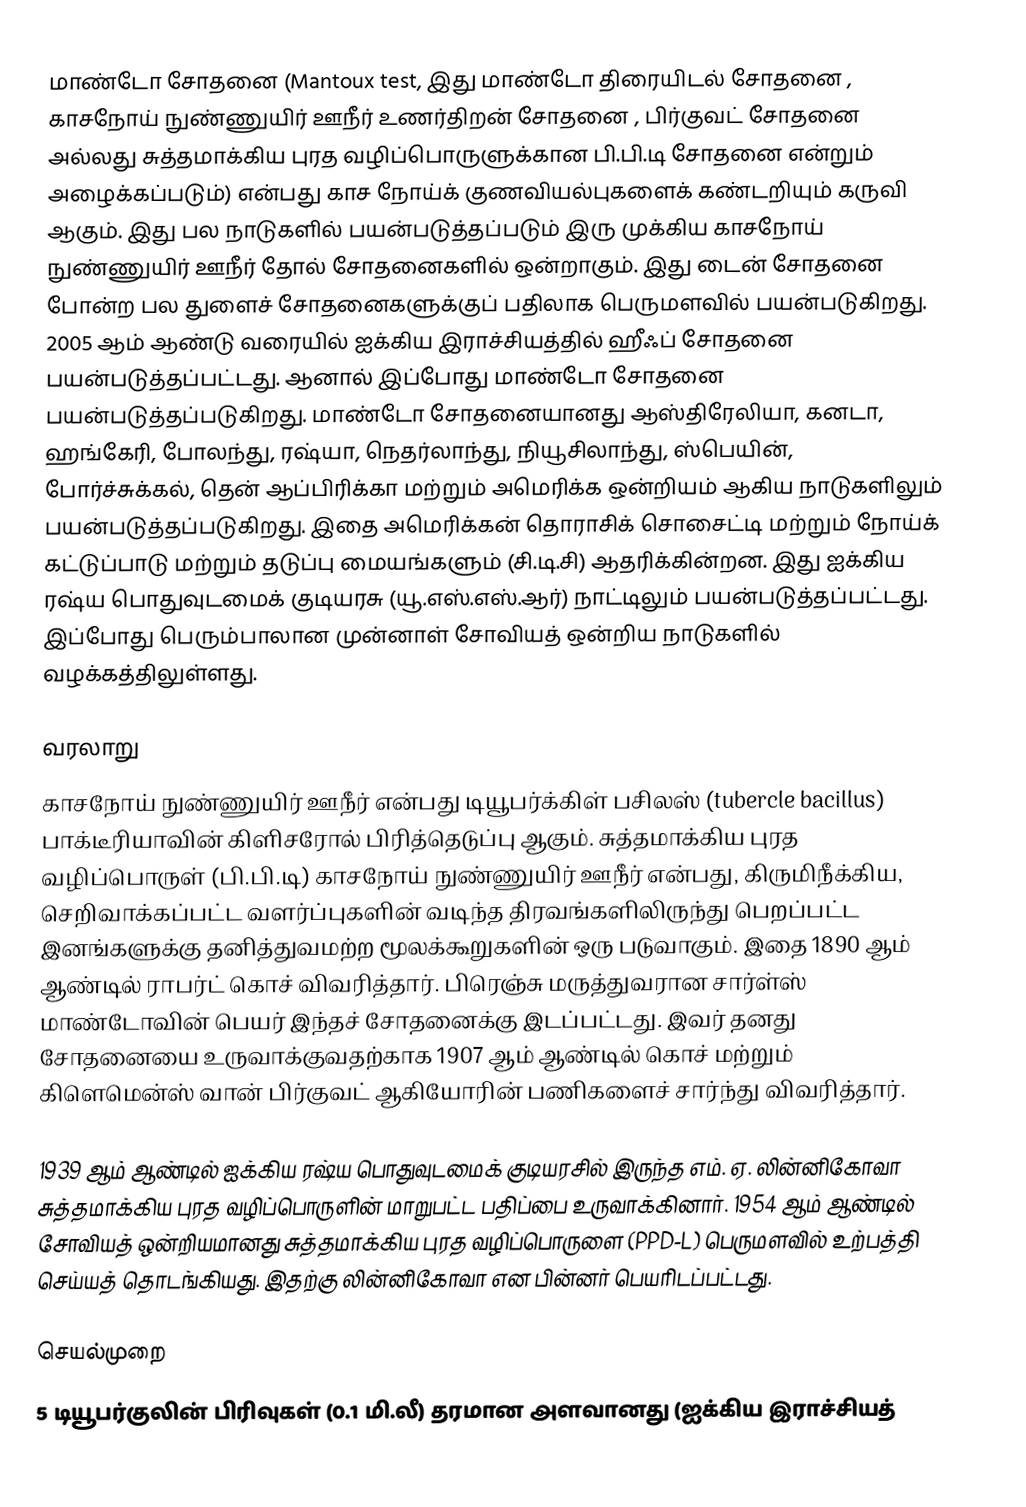
மாண்டோ சோதனை (Mantoux test, இது மாண்டோ திரையிடல் சோதனை , காசநோய் நுண்ணுயிர் ஊநீர் உணர்திறன் சோதனை , பிர்குவட் சோதனை அல்லது சுத்தமாக்கிய புரத வழிப்பொருளுக்கான பி.பி.டி சோதனை என்றும் அழைக்கப்படும்) என்பது காச நோய்க் குணவியல்புகளைக் கண்டறியும் கருவி ஆகும். இது பல நாடுகளில் பயன்படுத்தப்படும் இரு முக்கிய காசநோய் நுண்ணுயிர் ஊநீர் தோல் சோதனைகளில் ஒன்றாகும். இது டைன் சோதனை போன்ற பல துளைச் சோதனைகளுக்குப் பதிலாக பெருமளவில் பயன்படுகிறது. 2005 ஆம் ஆண்டு வரையில் ஐக்கிய இராச்சியத்தில் ஹீஃப் சோதனை பயன்படுத்தப்பட்டது. ஆனால் இப்போது மாண்டோ சோதனை பயன்படுத்தப்படுகிறது. மாண்டோ சோதனையானது ஆஸ்திரேலியா, கனடா, ஹங்கேரி, போலந்து, ரஷ்யா, நெதர்லாந்து, நியூசிலாந்து, ஸ்பெயின், போர்ச்சுக்கல், தென் ஆப்பிரிக்கா மற்றும் அமெரிக்க ஒன்றியம் ஆகிய நாடுகளிலும் பயன்படுத்தப்படுகிறது. இதை அமெரிக்கன் தொராசிக் சொசைட்டி மற்றும் நோய்க் கட்டுப்பாடு மற்றும் தடுப்பு மையங்களும் (சி.டி.சி) ஆதரிக்கின்றன. இது ஐக்கிய ரஷ்ய பொதுவுடமைக் குடியரசு (யூ.எஸ்.எஸ்.ஆர்) நாட்டிலும் பயன்படுத்தப்பட்டது. இப்போது பெரும்பாலான முன்னாள் சோவியத் ஒன்றிய நாடுகளில் வழக்கத்திலுள்ளது.

வரலாறு
காசநோய் நுண்ணுயிர் ஊநீர் என்பது டியூபர்க்கிள் பசிலஸ் (tubercle bacillus) பாக்டீரியாவின் கிளிசரோல் பிரித்தெடுப்பு ஆகும். சுத்தமாக்கிய புரத வழிப்பொருள் (பி.பி.டி) காசநோய் நுண்ணுயிர் ஊநீர் என்பது, கிருமிநீக்கிய, செறிவாக்கப்பட்ட வளர்ப்புகளின் வடிந்த திரவங்களிலிருந்து பெறப்பட்ட இனங்களுக்கு தனித்துவமற்ற மூலக்கூறுகளின் ஒரு படுவாகும். இதை 1890 ஆம் ஆண்டில் ராபர்ட் கொச் விவரித்தார். பிரெஞ்சு மருத்துவரான சார்ள்ஸ் மாண்டோவின் பெயர் இந்தச் சோதனைக்கு இடப்பட்டது. இவர் தனது சோதனையை உருவாக்குவதற்காக 1907 ஆம் ஆண்டில் கொச் மற்றும் கிளெமென்ஸ் வான் பிர்குவட் ஆகியோரின் பணிகளைச் சார்ந்து விவரித்தார்.

1939 ஆம் ஆண்டில் ஐக்கிய ரஷ்ய பொதுவுடமைக் குடியரசில் இருந்த எம். ஏ. லின்னிகோவா சுத்தமாக்கிய புரத வழிப்பொருளின் மாறுபட்ட பதிப்பை உருவாக்கினார். 1954 ஆம் ஆண்டில் சோவியத் ஒன்றியமானது சுத்தமாக்கிய புரத வழிப்பொருளை (PPD-L) பெருமளவில் உற்பத்தி செய்யத் தொடங்கியது. இதற்கு லின்னிகோவா என பின்னர் பெயரிடப்பட்டது.

செயல்முறை
5 டியூபர்குலின் பிரிவுகள் (0.1 மி.லீ) தரமான அளவானது (ஐக்கிய இராச்சியத்